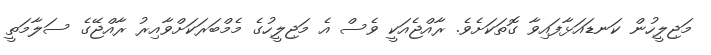
މަޖިލީހުން ކަނޑައަޅާފައިވާ ގޮތަކަށެވެ. ރާއްޖެއަަކީ ވެސް އެ މަޖިލީހުގެ މެމްބަރަކަށްވާއިރު ރާއްޖޭގެ ސަލާމަތީ